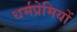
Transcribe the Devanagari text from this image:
धर्मप्रेमियों